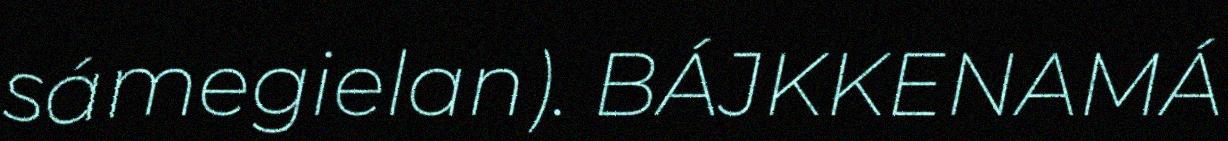
sámegielan). BÁJKKENAMÁ